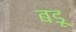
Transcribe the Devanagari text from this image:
बडू